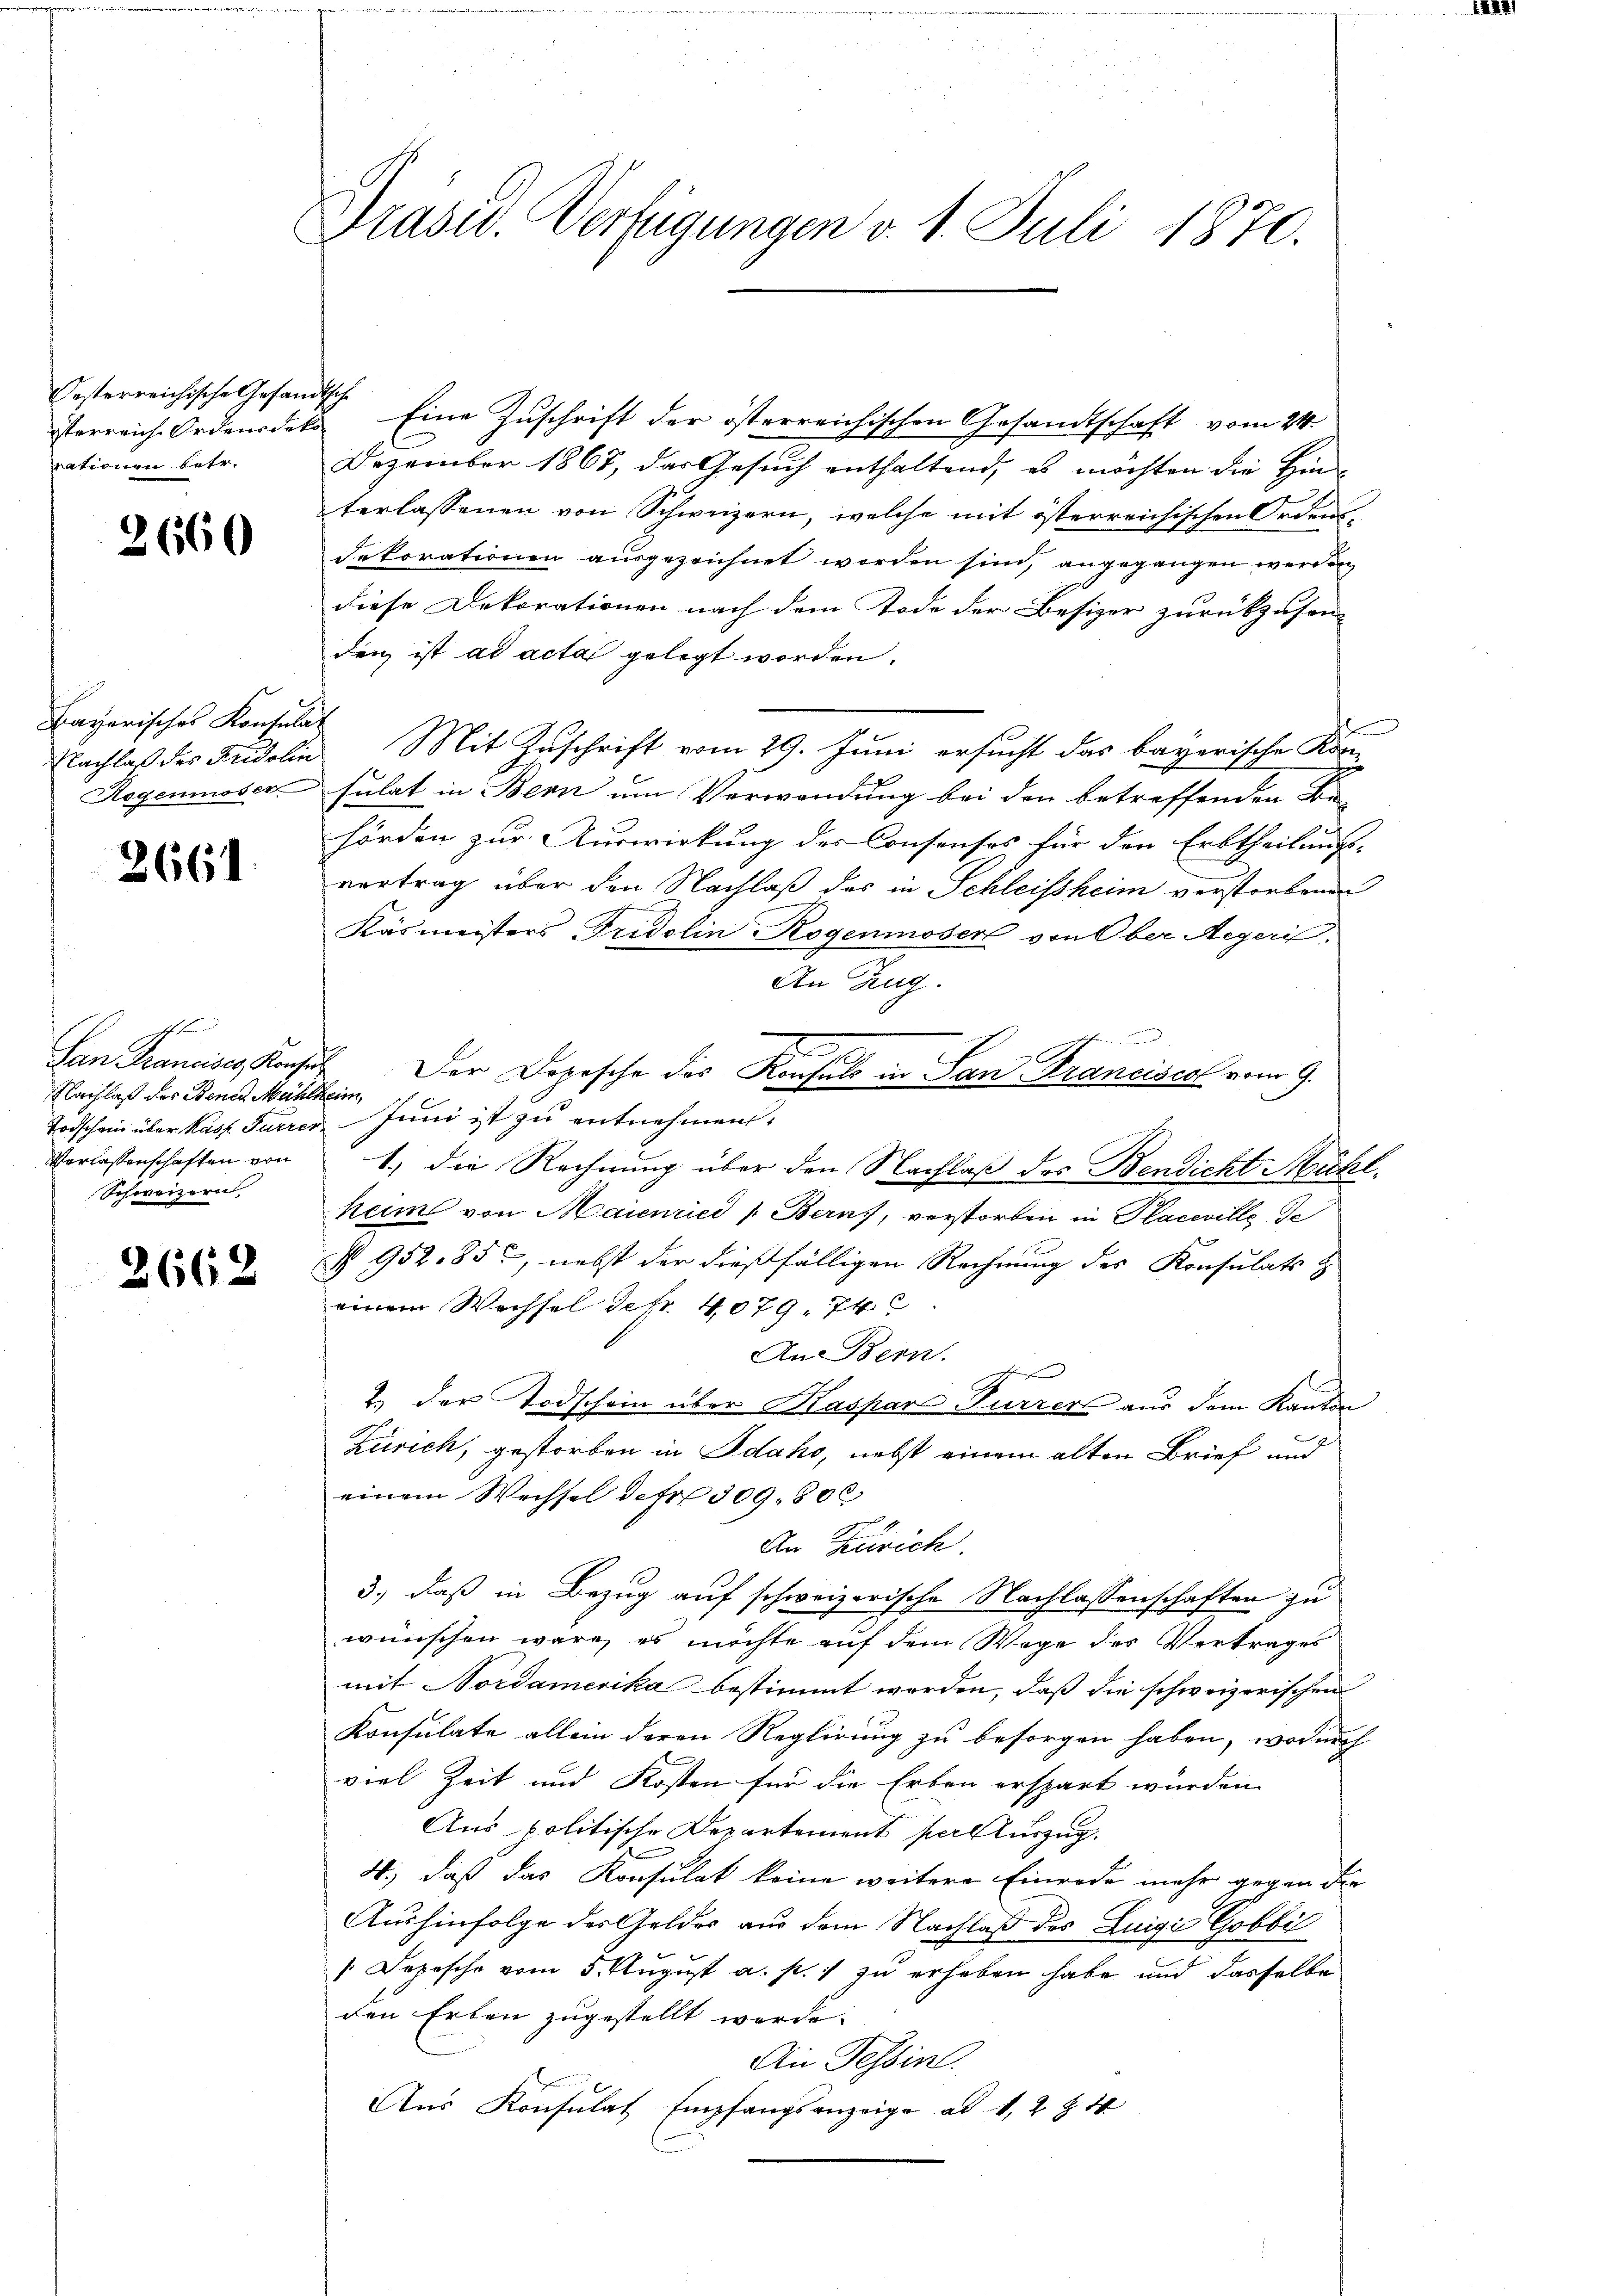
Oesterreichische Gesandtsche
sterreich Ordens deko
rationen betr.

2660

Bayerisches Konsulat

2661.

Eine Zuschrift der österreichischen Gesandtschaft vom 24.
Dezember 1867, das Gesuch enthaltend, es möchten die Ein-
terlassenen von Schweizern, welche mit österreichischen Ordensdekorationen ausgezeichnet worden sind, angegangen werden
diese Dekorationen nach dem Tode der Besizer zurückzusen-
den ist ad acta gelegt worden.
Nachlaß des Fidelin Mit Zuschrift vom 29. Juni ersucht das bayerische Korn-
Rogenmoser, sulat in Bern um Verwendung bei den betreffenden Be-
hörden zur Auswirkung der Consenses für den Erbtheilungs-
vortrag über den Nachlaß des in Schleissheim verstorbenen
Käsmeisters Fridolin Rogenmoser von Ober Aegeri.
An Zug.
San Francises Konst. Der Dopische des Konsuls in San Franciscal vom 9.
Todschein über Kass. Furrer Juni ist zu entnehmen.
Vorlassenschaften von 1. die Rechnung über den Nachlaß des Bendicht Mühlheim von Maienried v. Berns, verstorben in Paceville de
§ 952,85, nebst der dießfälligen Rechnung des Konsulats &
einem Wechsel de fr. 4079, 74
An Bern.
e
2.) Der Todschein über Kaspar Furrer aus dem Kanton
Zürich, gestorben in Idako, nebst einem alten Brief und
einem Wechsel der 309. 800
An Zürich.
3.) daß in Bezug auf schweizerische Nachlassenschaften zu
wünschen wäre, es möchte auf dem Wege des Vertrages
mit Nordamerika bestimmt werden, daß die schweizerischen
Konsulate allein deren Reglirung zu besorgen haben, wodurch
viel Zeit und Kosten für die Erben erspart wurden
Aus politische Departement per Auszug.
4., daß das Konsulat keine weitere Einrede mehr gegen die
Aushinfolge des Geldes aus dem Nachlaß des Luigi Gobbil
"Depesche vom 5. August a. p. 1 zu erhoben habe und dasselbe
den Erben zugestellt werde.
An Tessin.
Aus Konsulat Empfangsanzeige ad 1, 2 § 4

t
Nachlaß des Stende Mühlheim,
Schweizern

2662

Präser. Verfügungen v. 1. Juli 1870.